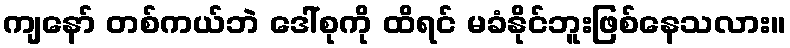
ကျနော် တစ်ကယ်ဘဲ ဒေါ်စုကို ထိရင် မခံနိုင်ဘူးဖြစ်နေသလား။